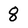
Character: 8